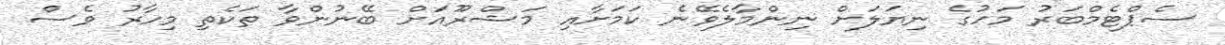
ސެޕްޓެމްބަރު މަހުގެ ނިޔަލަށް ނިންމާލެވޭނެ ކަމަށާއި މަޝްރޫއަށް ބޭނުންވާ ތަކެތި މިހާރު ވެސް